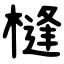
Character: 槰